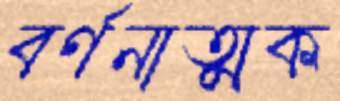
বর্ণনাত্মক